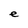
Character: e